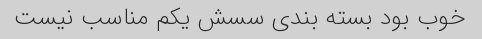
خوب بود بسته بندی سسش یکم‌ مناسب نیست